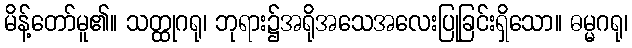
မိန့်တော်မူ၏။ သတ္ထုဂရု၊ ဘုရား၌အရိုအသေအလေးပြုခြင်းရှိသော။ ဓမ္မဂရု၊